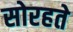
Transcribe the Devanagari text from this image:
सोरहते